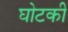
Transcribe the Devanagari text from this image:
घोटकी